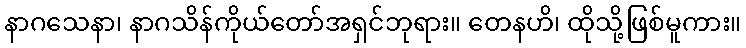
နာဂသေနာ၊ နာဂသိန်ကိုယ်တော်အရှင်ဘုရား။ တေနဟိ၊ ထိုသို့ဖြစ်မူကား။